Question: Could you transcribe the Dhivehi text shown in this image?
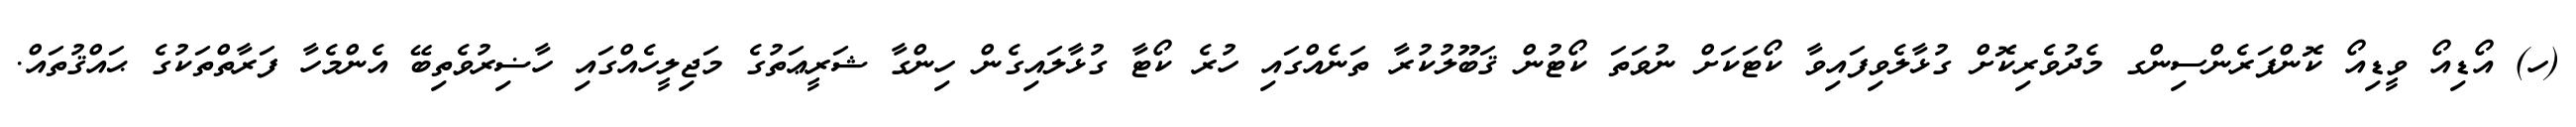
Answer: (ހ) އޯޑިއޯ ވީޑިއޯ ކޮންފަރެންސިންގ މެދުވެރިކޮށް ގުޅާލެވިފައިވާ ކޯޓަކަށް ނުވަތަ ކޯޓުން ޤަބޫލުކުރާ ތަނެއްގައި ހުރެ ކޯޓާ ގުޅާލައިގެން ހިންގާ ޝަރީޢަތުގެ މަޖިލީހެއްގައި ހާޟިރުވެތިބޭ އެންމެހާ ފަރާތްތަކުގެ ޙައްޤުތައް.